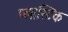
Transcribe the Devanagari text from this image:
प्‍लास्‍टिक